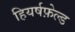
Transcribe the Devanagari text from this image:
हियर्षफ़ेल्ड